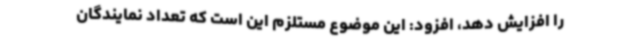
را افزایش دهد، افزود: این موضوع مستلزم این است که تعداد نمایندگان